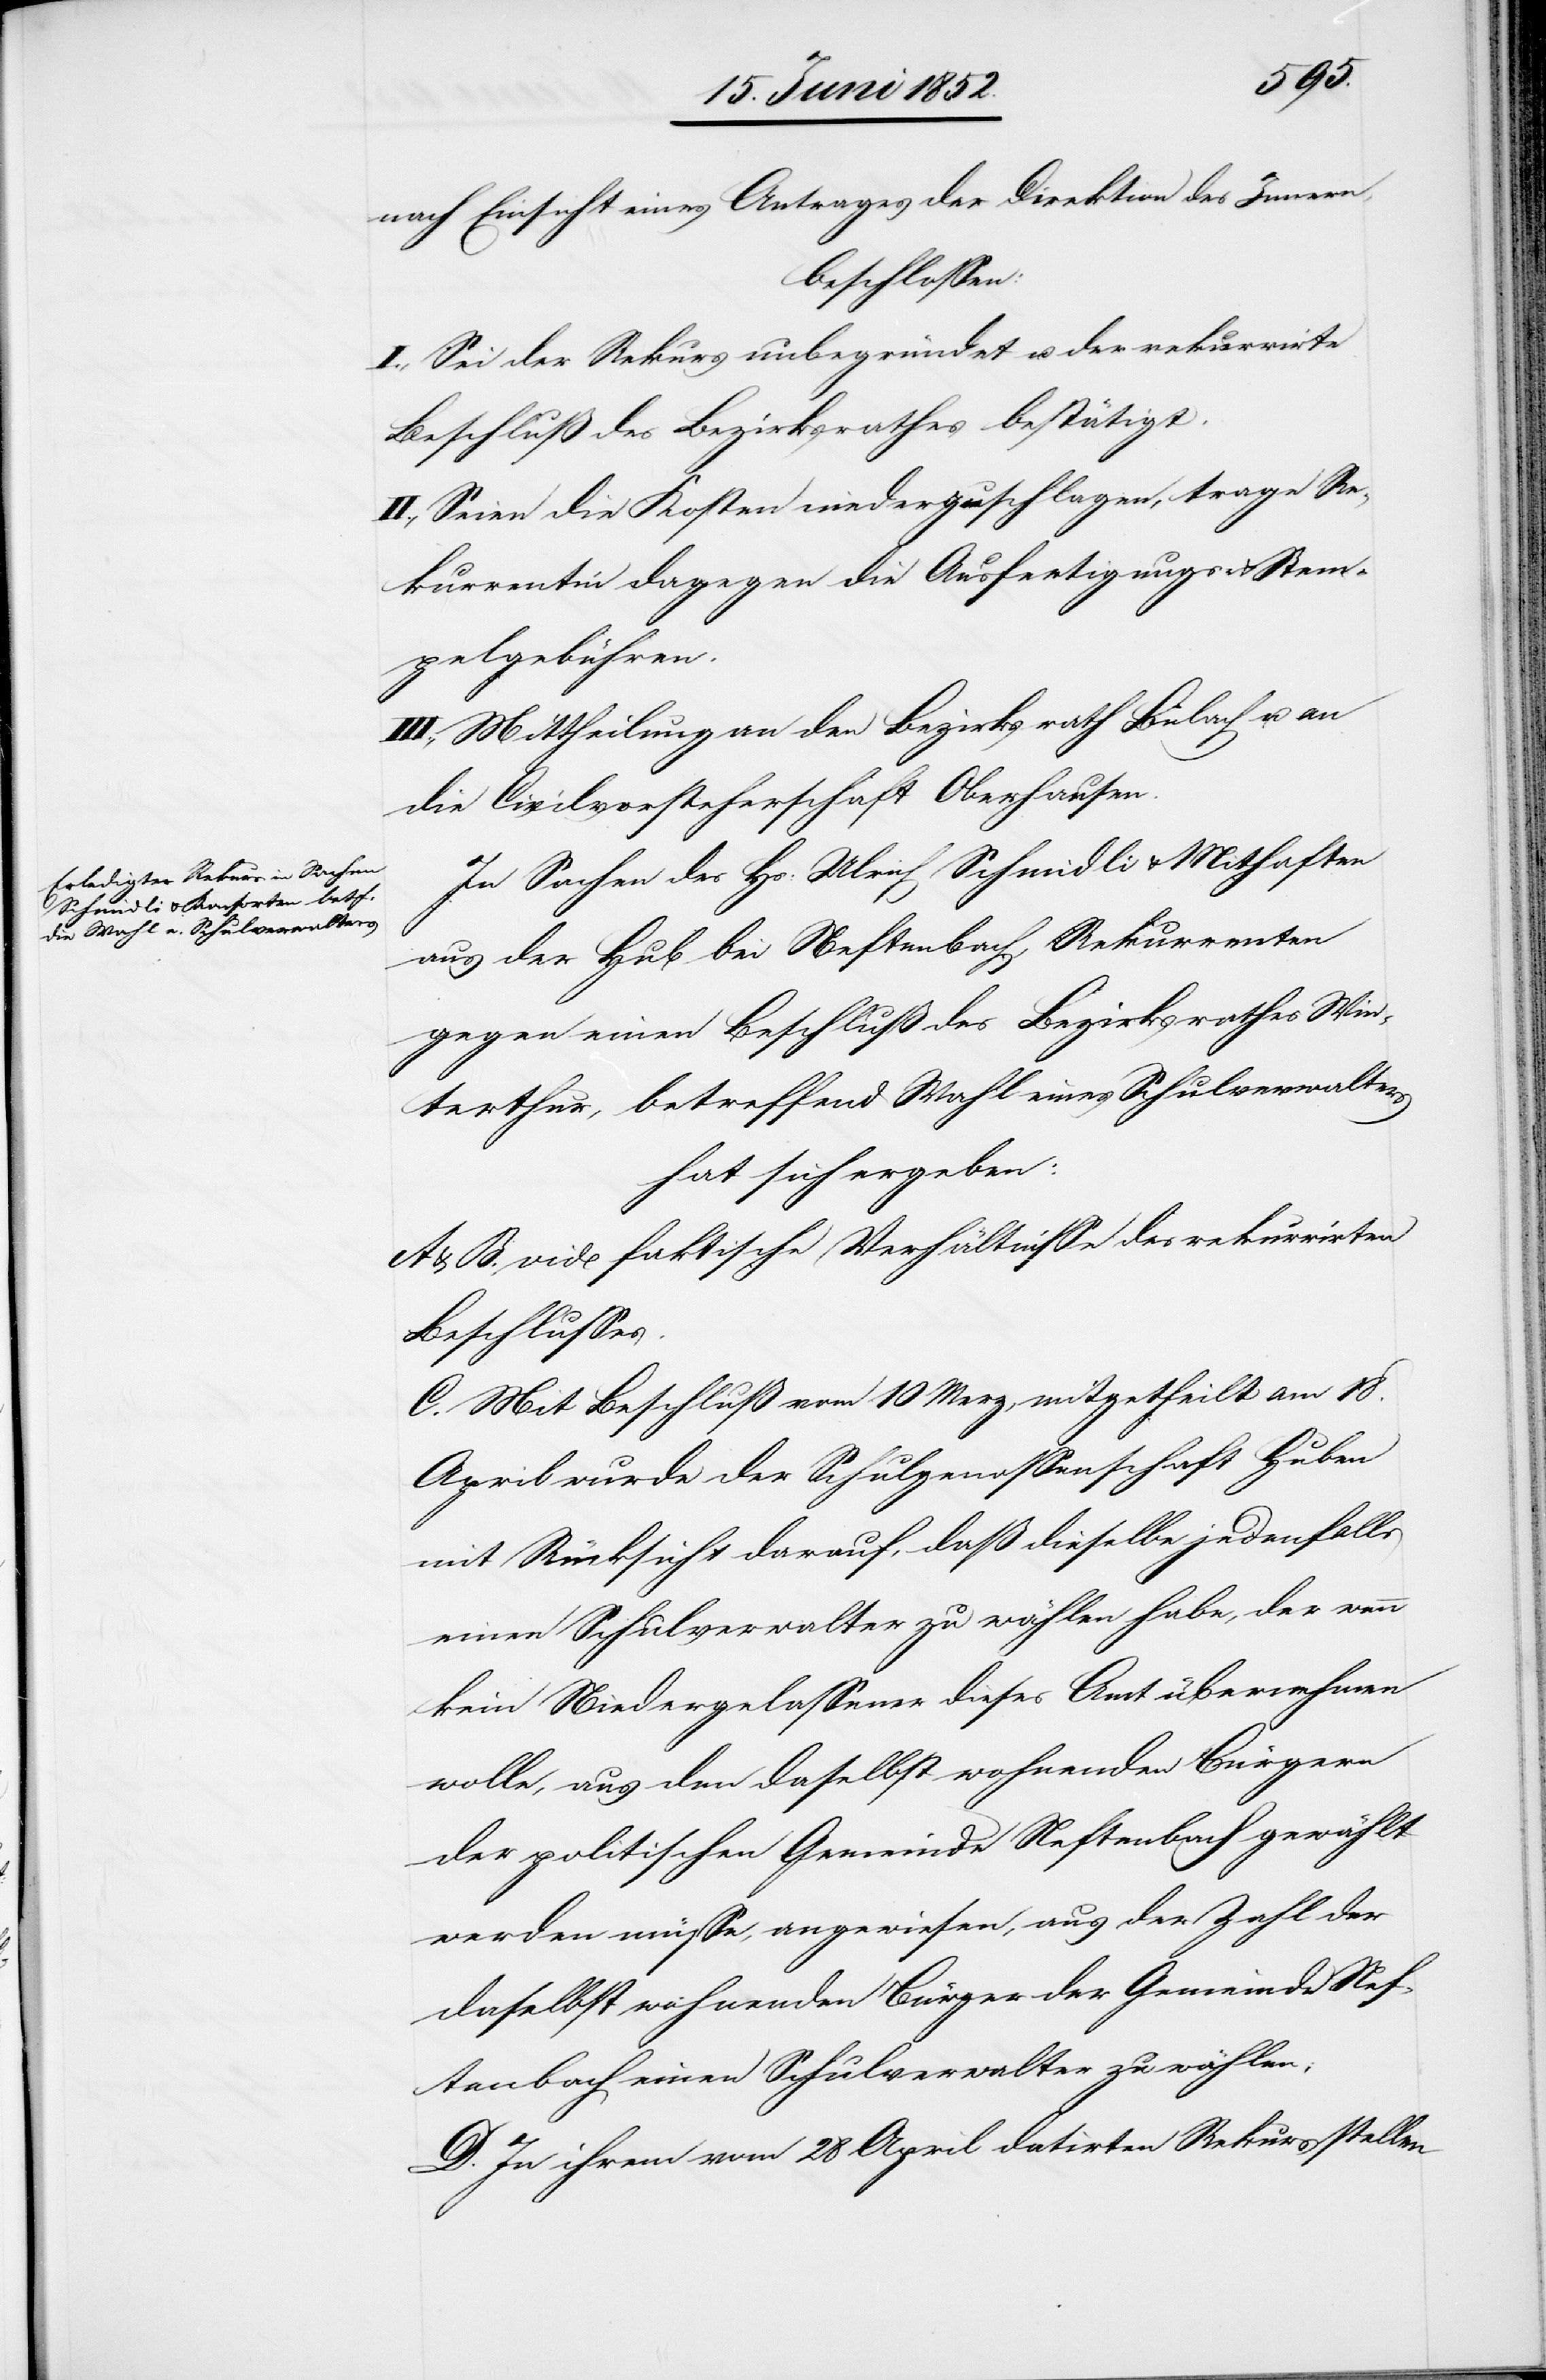
nach Einsicht eines Antrages der Direktion des Innern,
beschlossen:
I., Sei der Rekurs unbegründet u. der rekurrirte
Beschluß des Bezirksrathes bestätigt.
II., Seien die Kosten niederzuschlagen, trage Re¬
kurrentin dagegen die Ausfertigungs- & Stem¬
pelgebühren.
III., Mittheilung an den Bezirksrath Bülach u. an
die Civilvorsteherschaft Oberhausen.
In Sachen des Hs: Ulrich Schmidli & Mithaften
aus der Hub bei Neftenbach, Rekurrenten
gegen einen Beschluß des Bezirksrathes Win¬
terthur, betreffend Wahl eines Schulverwalters
hat sich ergeben:
A & B. vide faktische Verhältnisse des rekurrirten
Beschlusses.
C. Mit Beschluß vom 10 Merz, mitgetheilt am 18.
April wurde der Schulgenossenschaft Huben
mit Rücksicht darauf, daß dieselbe jedenfalls
einen Schulverwalter zu wählen habe, der wenn
kein Niedergelassener dieses Amt übernehmen
wolle, aus den daselbst wohnenden Bürgern
der politischen Gemeinde Neftenbach gewählt
werden müsse, angewiesen, aus der Zahl der
daselbst wohnenden Bürger der Gemeinde Nef¬
tenbach einen Schulverwalter zu wählen;
D. In ihrem vom 28 April datirten Rekurs stellen